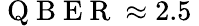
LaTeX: \mathrm{~Q~B~E~R~}\approx 2.5\